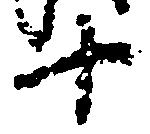
十